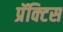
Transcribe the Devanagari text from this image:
प्रॅक्‍टिस